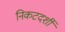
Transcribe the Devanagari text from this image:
निकटदर्शी